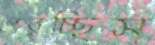
পেরচ্ছিস